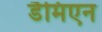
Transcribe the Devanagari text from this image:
डैमिएन